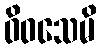
ဝိဝသေမိ